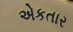
એકતાર